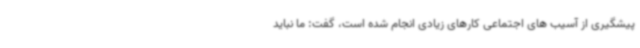
پیشگیری از آسیب های اجتماعی کارهای زیادی انجام شده است، گفت: ما نباید